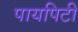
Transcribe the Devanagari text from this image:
पायपिटी